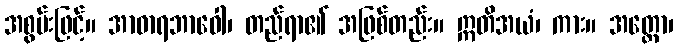
အစွမ်းဖြင့်။ အာဓာရဘာဝေါ၊ တည်ရာ၏ အဖြစ်တည်း။ ဣတိအယံ၊ ကား။ အတ္ထော၊